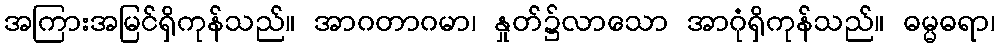
အကြားအမြင်ရှိကုန်သည်။ အာဂတာဂမာ၊ နှုတ်၌လာသော အာဂုံရှိကုန်သည်။ ဓမ္မဓရာ၊